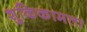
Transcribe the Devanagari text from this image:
शुकिकामता